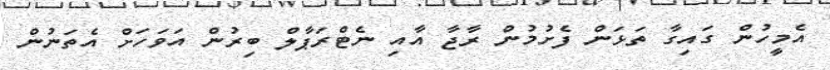
އެމީހުން ގައިގާ ތަޅަން ފެށުމުން ރާޖާ އާއި ނެޓްރަޕާލް ބިރުން އަވަހަށް އެތަނުން